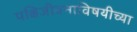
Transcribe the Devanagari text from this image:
पक्षिजीवनाविषयीच्या